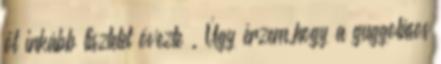
őt inkább tisztelet övezte . Úgy érzem,hogy a guggolásos